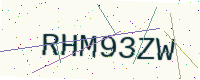
Text: RHM93ZW